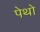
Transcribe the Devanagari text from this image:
पेथो